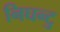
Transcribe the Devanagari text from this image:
निघन्टु